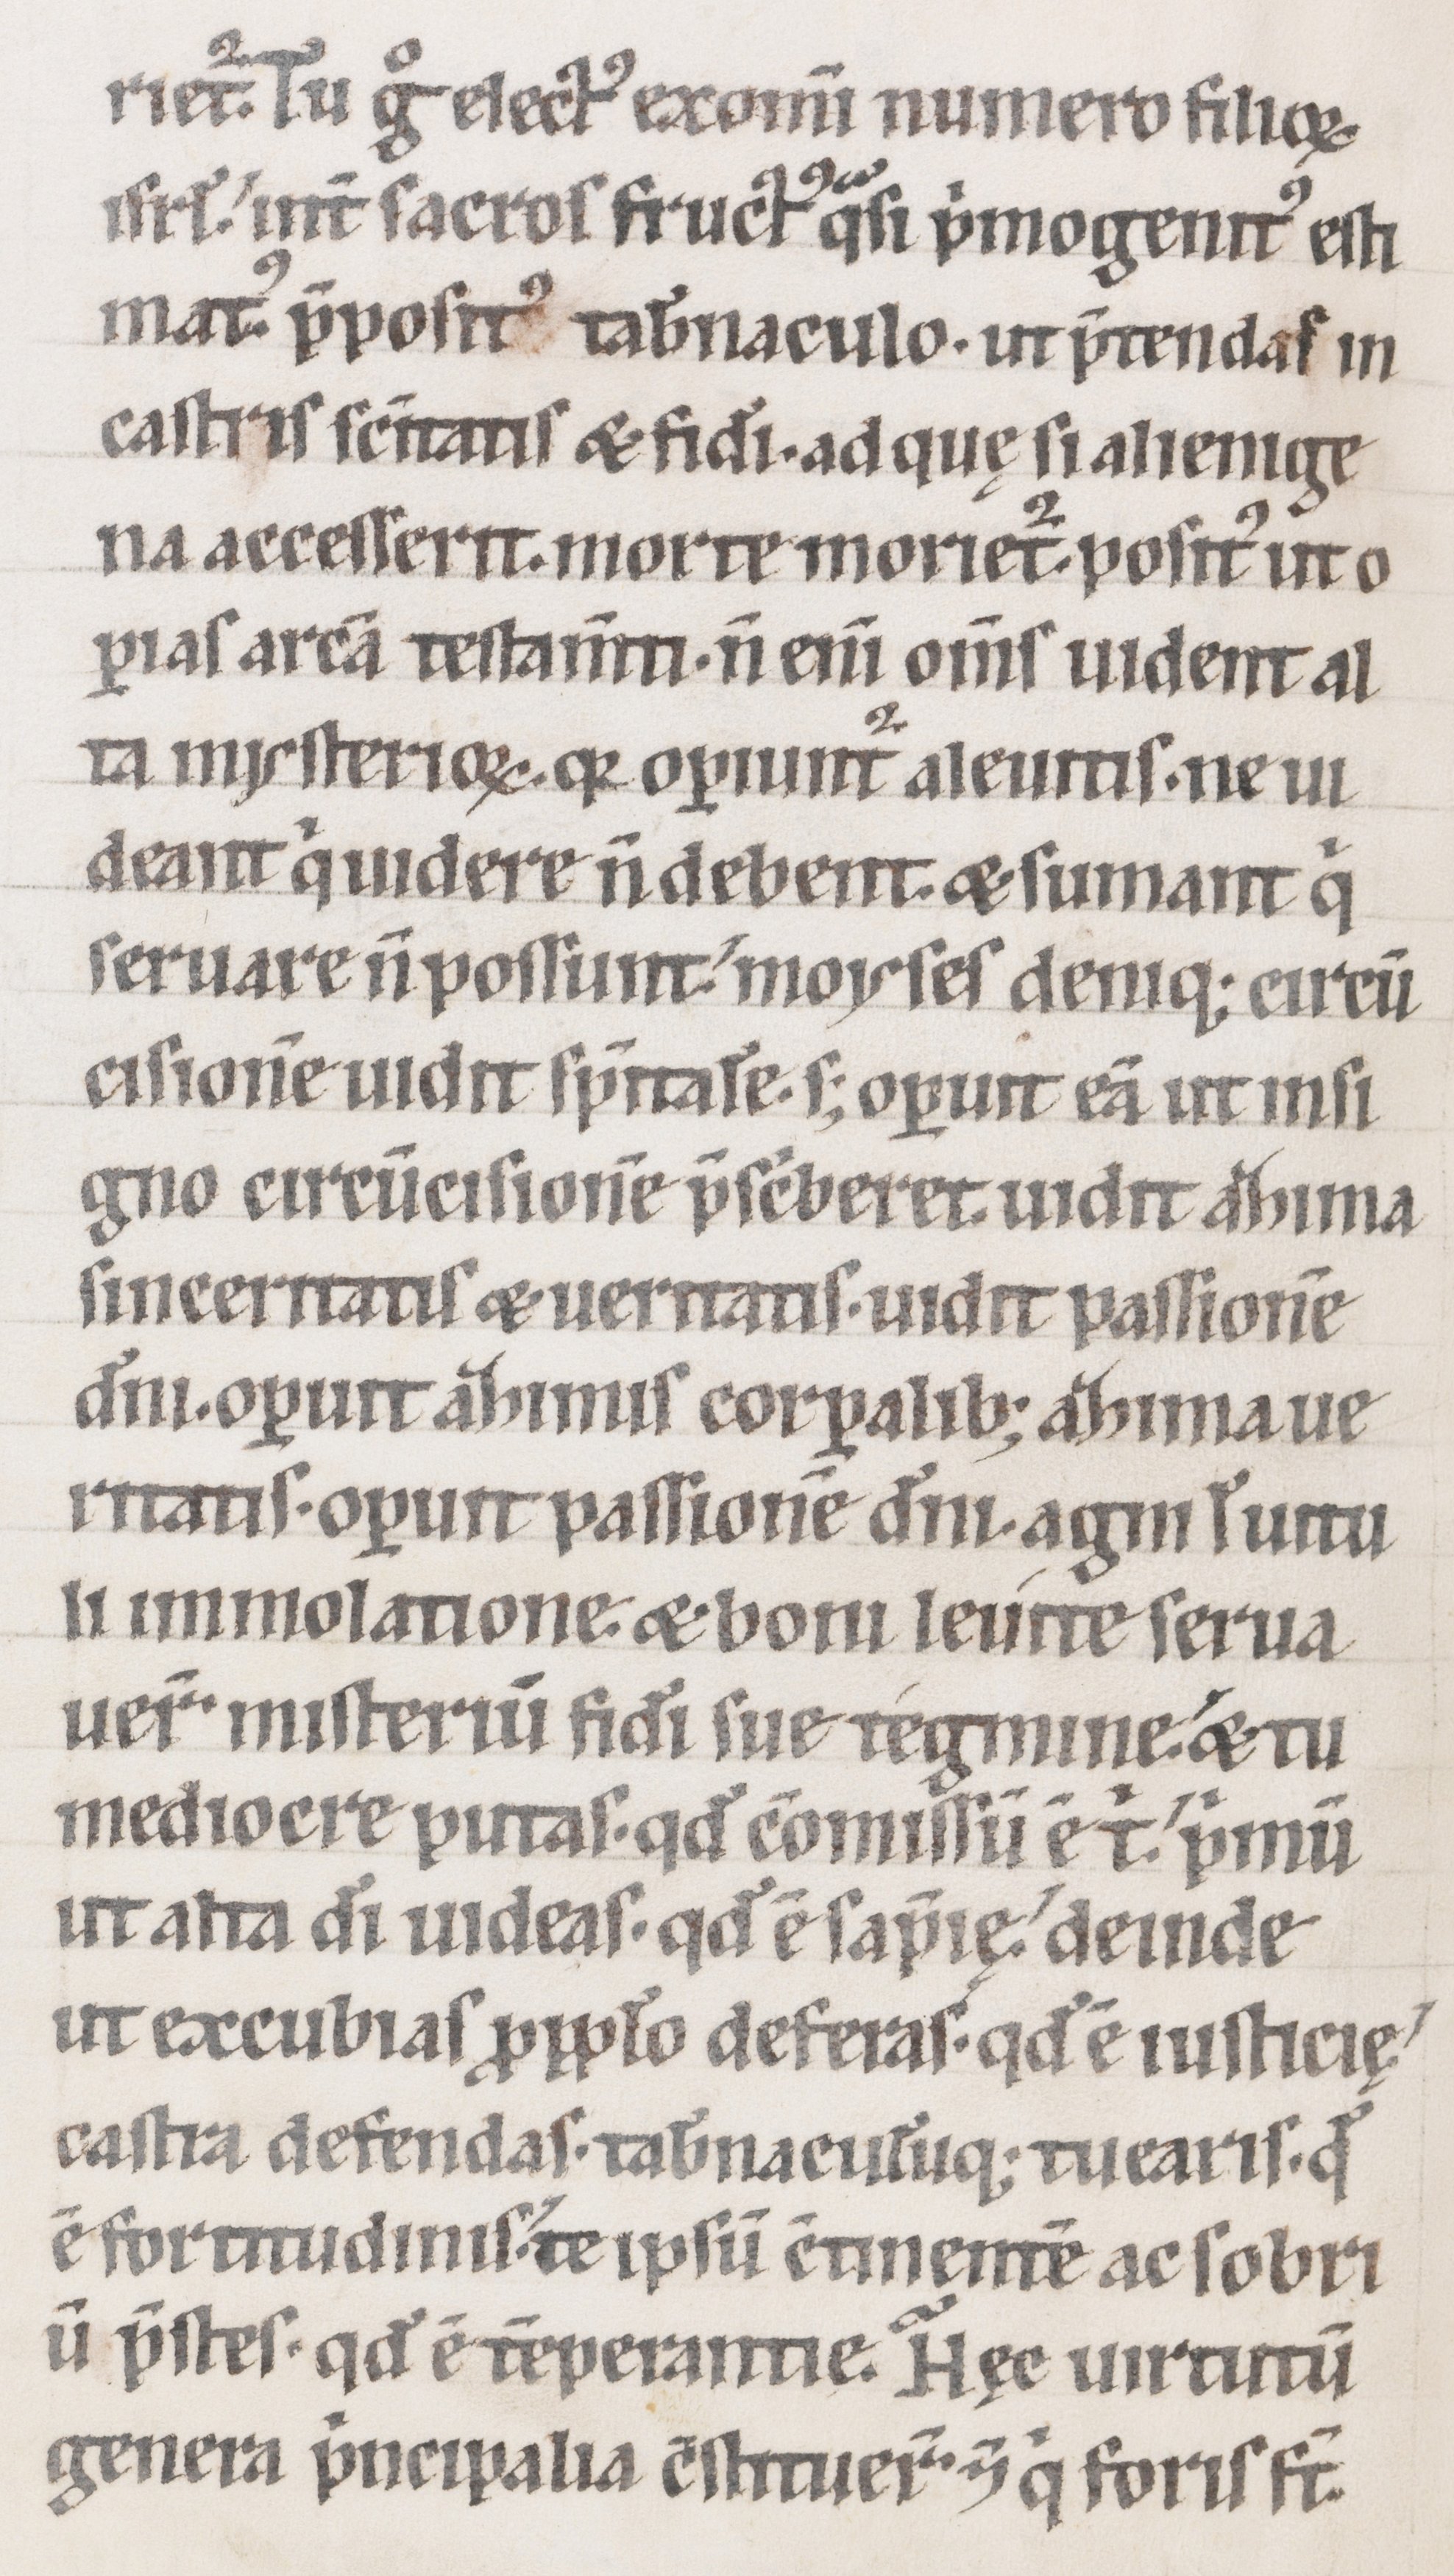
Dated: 1100–1199